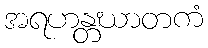
အရဟန္တဃာတကံ